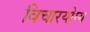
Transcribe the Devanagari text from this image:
विचारयोग्य